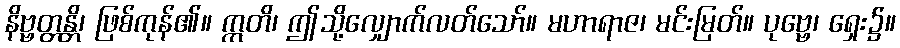
နိဗ္ဗတ္တန္တိ၊ ဖြစ်ကုန်၏။ ဣတိ၊ ဤသို့လျှောက်လတ်သော်။ မဟာရာဇ၊ မင်းမြတ်။ ပုဗ္ဗေ၊ ရှေး၌။